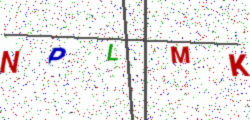
Text: NPLMK